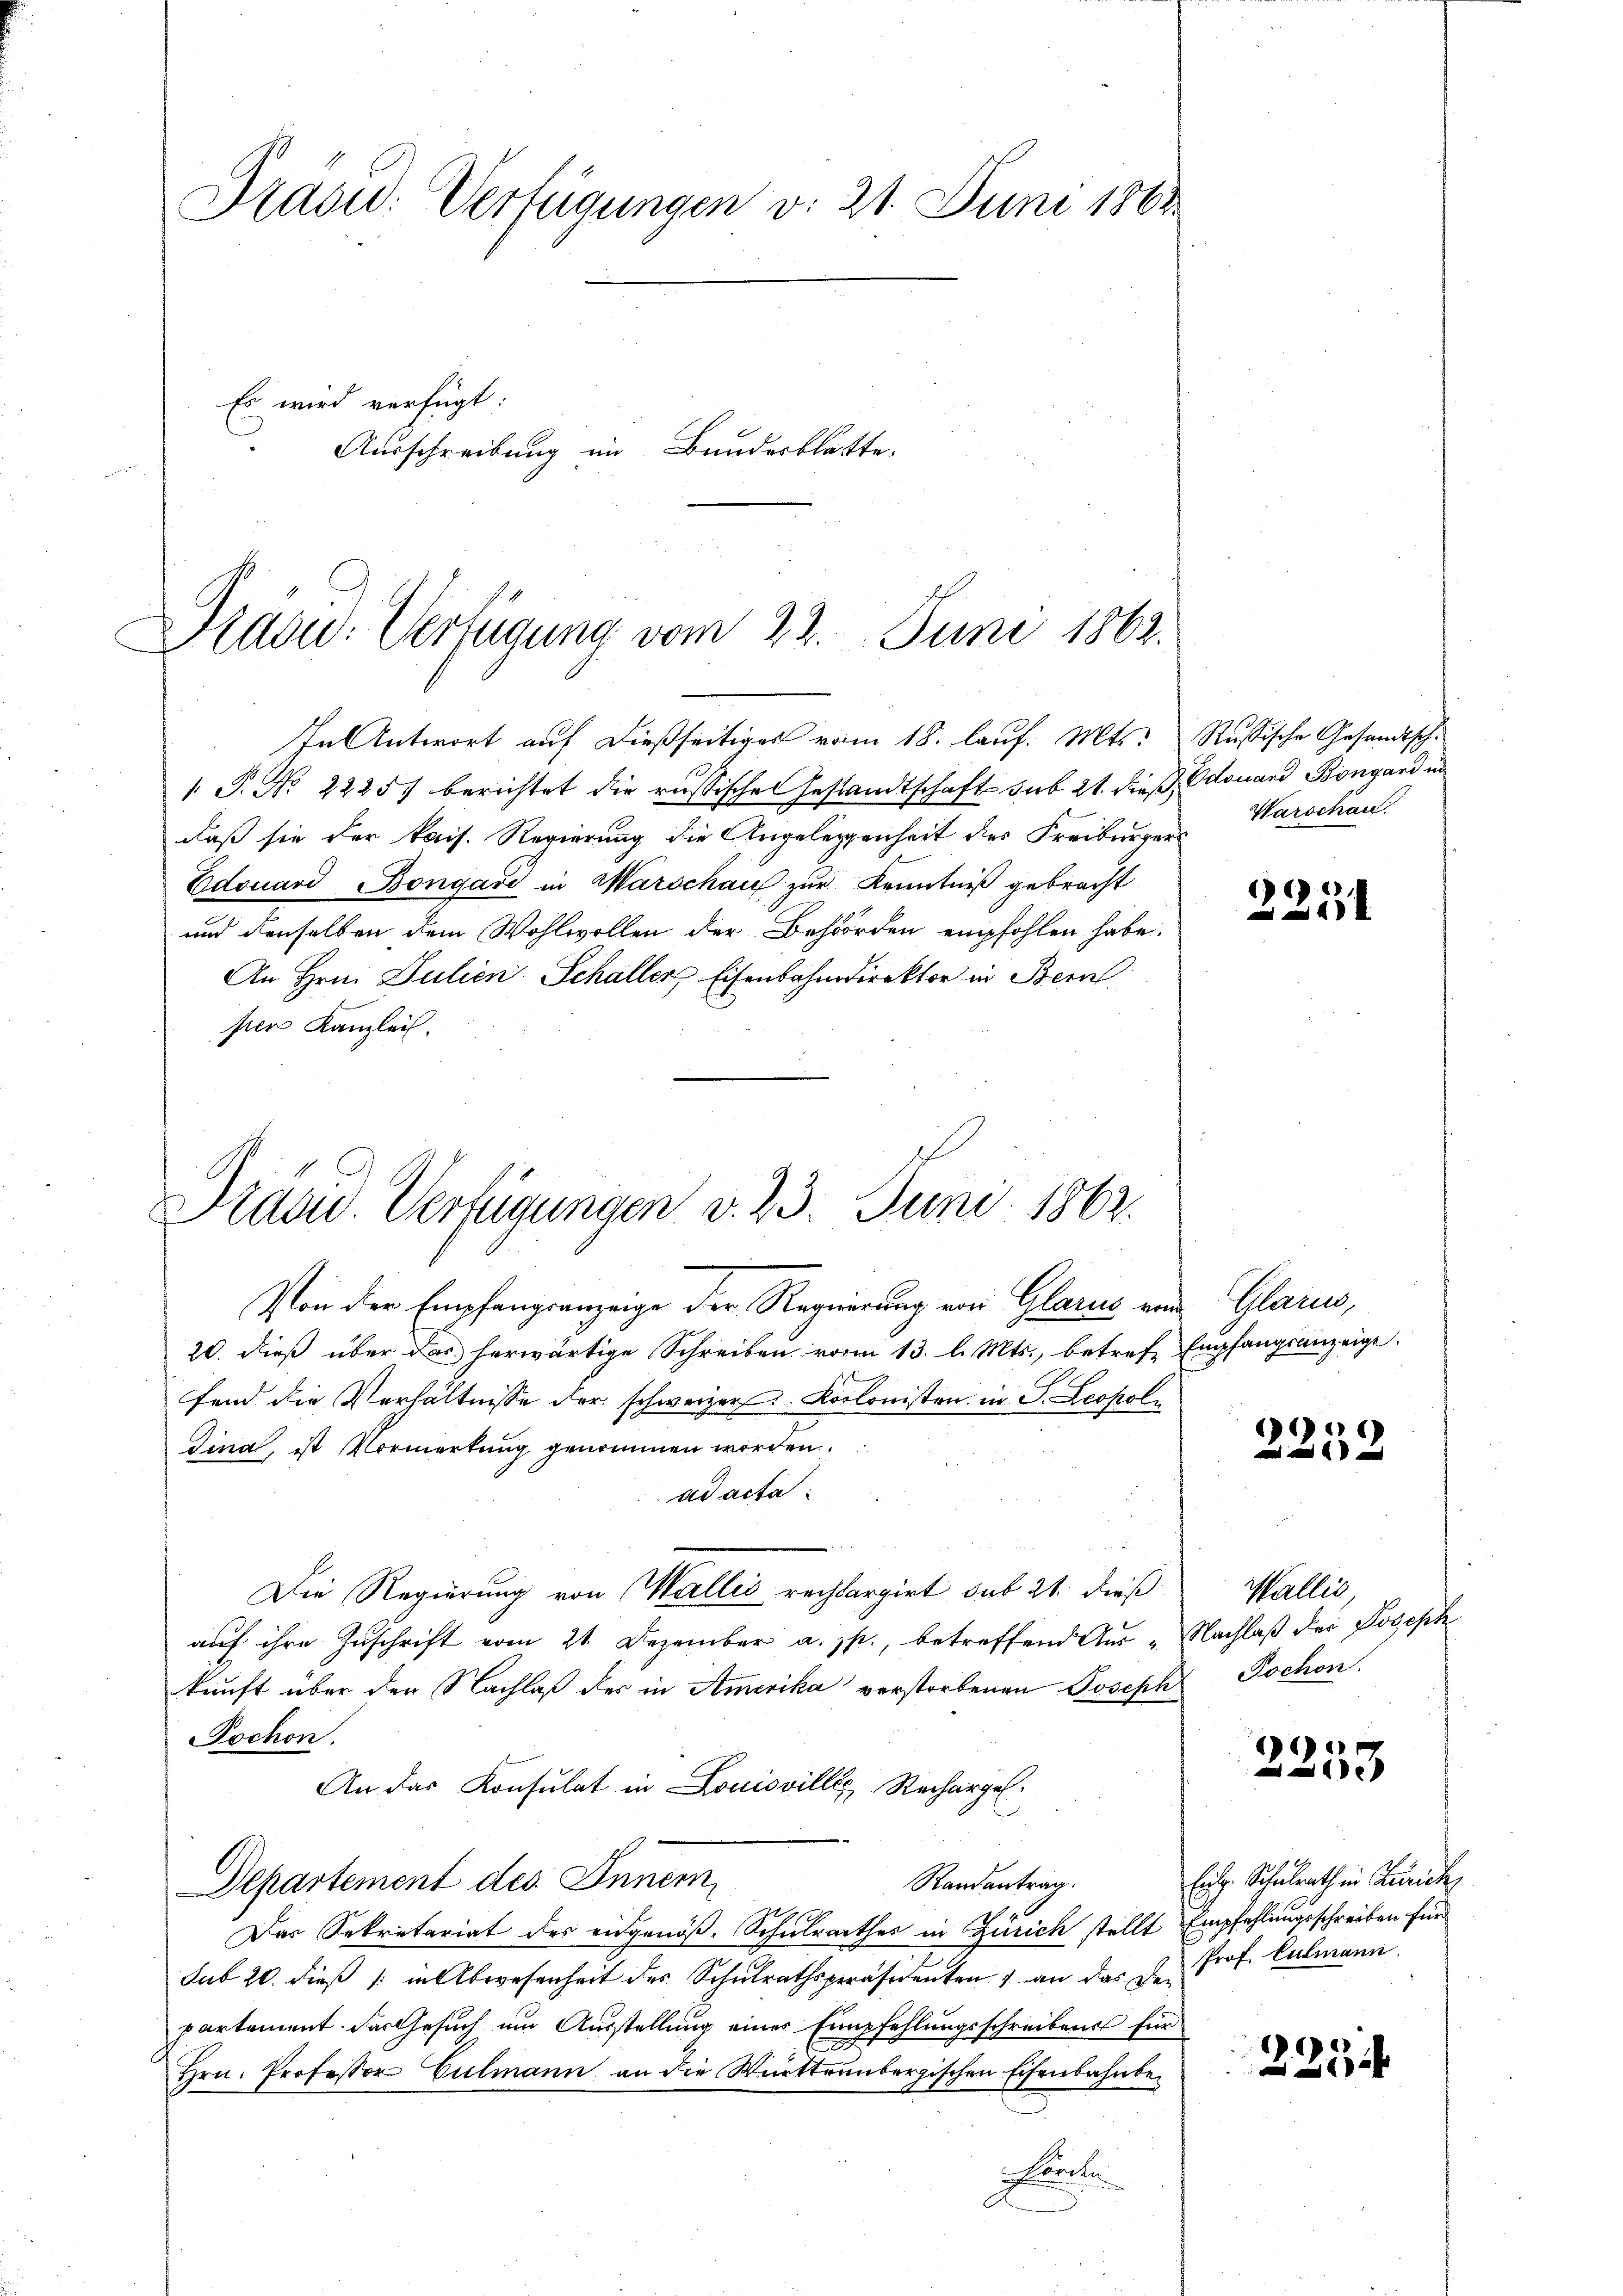
Präsid. Verfügungen d. 21. Juni 1864
Es wird verfügt:
Ausschreibung im Bundesblätte.

Dradw. Verfügung vom 22. Juni 1862.

In Antwort auf dießseitiges vom 18. lauf. Mts.
 P. No. 2225) berichtet die russischen Gestandtschaft sub 21. dieß, Edouand Böngard in
daß sie der kais. Regierung die Angelegenheit des Freiburger
Edouard Bongave in Marschau zur Kenntniß gebracht
und denselben dem Wohlwollen der Behörden empfohlen habe.
An Hrn. Julien Schaller Eisenbahndirektor in Bern
per Kanzlei.

Russische Gesandtsch.
Warschau.

2251

Praad. Verfügungen d. 23. Juni 1862.

Von der Empfangsanzeige der Regierung von Glarus ein Glarus,
20. dieß über das herwärtige Schreiben vom 13. l. Mts., betreff Empfangsanzeige.
fend die Verhältnisse der schweizer Kolonisten in S. Leopol
Dinal, ist Vormerkung genommen worden.
ad acta
Die Regierung von Wallis rechbargirt sub 21. dieß
auf ihre Zuschrift vom 21. Dezember a. sp., betreffend Aus - Nachlaß der Joseph
kunft über den Nachlaß der in Amerika verstorbenen Joseph Pochen.
ochon.
An das Konsulat in Louisvilles Rechargel
Randantrag.
Departement des Innem
Das Sekretariat des eidgenöß. Schulrathes in Zürich stellt Empfehlungsschreiben für
sub 20. dieß (in Abwesenheit des Schulrathspräsidenten & an das den Prof. Culmann
partement das Gesuch um Ausstellung einer Empfehlungsschreibens für
Hrn. Professor Culmann an die Württembergischen Eisenbahnbe¬
.
n

e
 x

Wallis,

1
e

Eig. Schulrath in Frick

2254